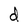
Character: d